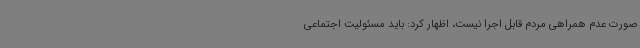
صورت عدم همراهی مردم قابل اجرا نیست، اظهار کرد: باید مسئولیت اجتماعی